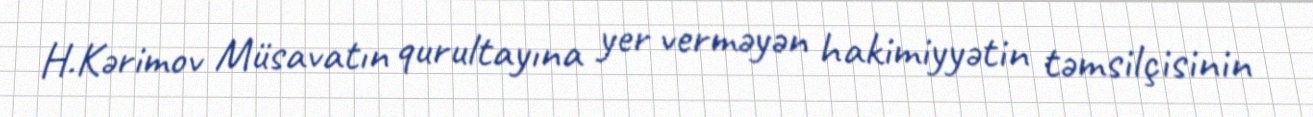
H.Kərimov Müsavatın qurultayına yer verməyən hakimiyyətin təmsilçisinin